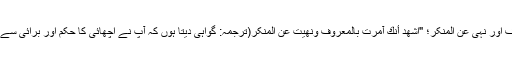
امر بالمعروف اور نہی عن المنکر؛ "اَشهَدُ أَنَّكَ آمَرتَ بِالمَعرُوفِ وَنَهَیتَ عَنِ المُنکَرِ(ترجمہ: گواہی دیتا ہوں کہ آپ نے اچھائی کا حکم اور برائی سے باز رکھا)"۔